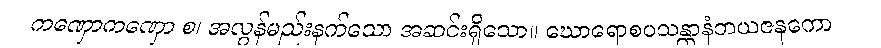
ကဏှောကဏှော စ၊ အလွန်မည်းနက်သော အဆင်းရှိသော။ ဃောရောစပသန္တာနံဘယဇနကော